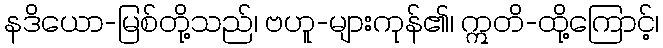
နဒိယော-မြစ်တို့သည်၊ ဗဟူ-များကုန်၏၊ ဣတိ-ထို့ကြောင့်၊